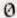
0